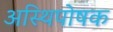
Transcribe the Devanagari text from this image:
अस्थिपोषक